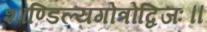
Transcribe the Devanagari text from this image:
शाण्डिल्यगोत्रोद्विजः॥